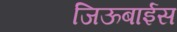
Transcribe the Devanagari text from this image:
जिऊबाईस